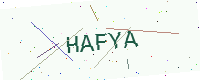
Text: HAFYA